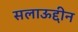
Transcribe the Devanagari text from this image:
सलाऊद्दीन